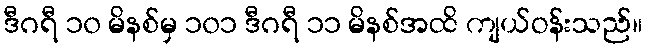
ဒီဂရီ ၁၀ မိနစ်မှ ၁၀၁ ဒီဂရီ ၁၁ မိနစ်အထိ ကျယ်ဝန်းသည်။